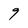
Character: 9